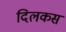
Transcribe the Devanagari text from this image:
दिलकस